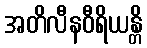
အတိလီနဝီရိယန္တိ